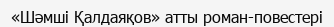
«Шәмші Қалдаяқов» атты роман-повестері